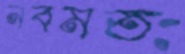
নবমতঃ